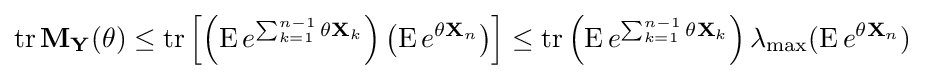
\operatorname {tr} \mathbf {M} _{\mathbf {Y} }(\theta )\leq \operatorname {tr} \left[\left(\operatorname {E} e^{\sum _{k=1}^{n-1}\theta \mathbf {X} _{k}}\right)\left(\operatorname {E} e^{\theta \mathbf {X} _{n}}\right)\right]\leq \operatorname {tr} \left(\operatorname {E} e^{\sum _{k=1}^{n-1}\theta \mathbf {X} _{k}}\right)\lambda _{\max }(\operatorname {E} e^{\theta \mathbf {X} _{n}})